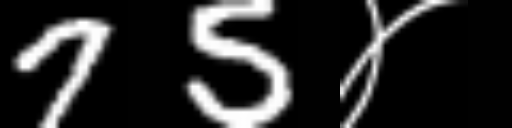
Text: 75४